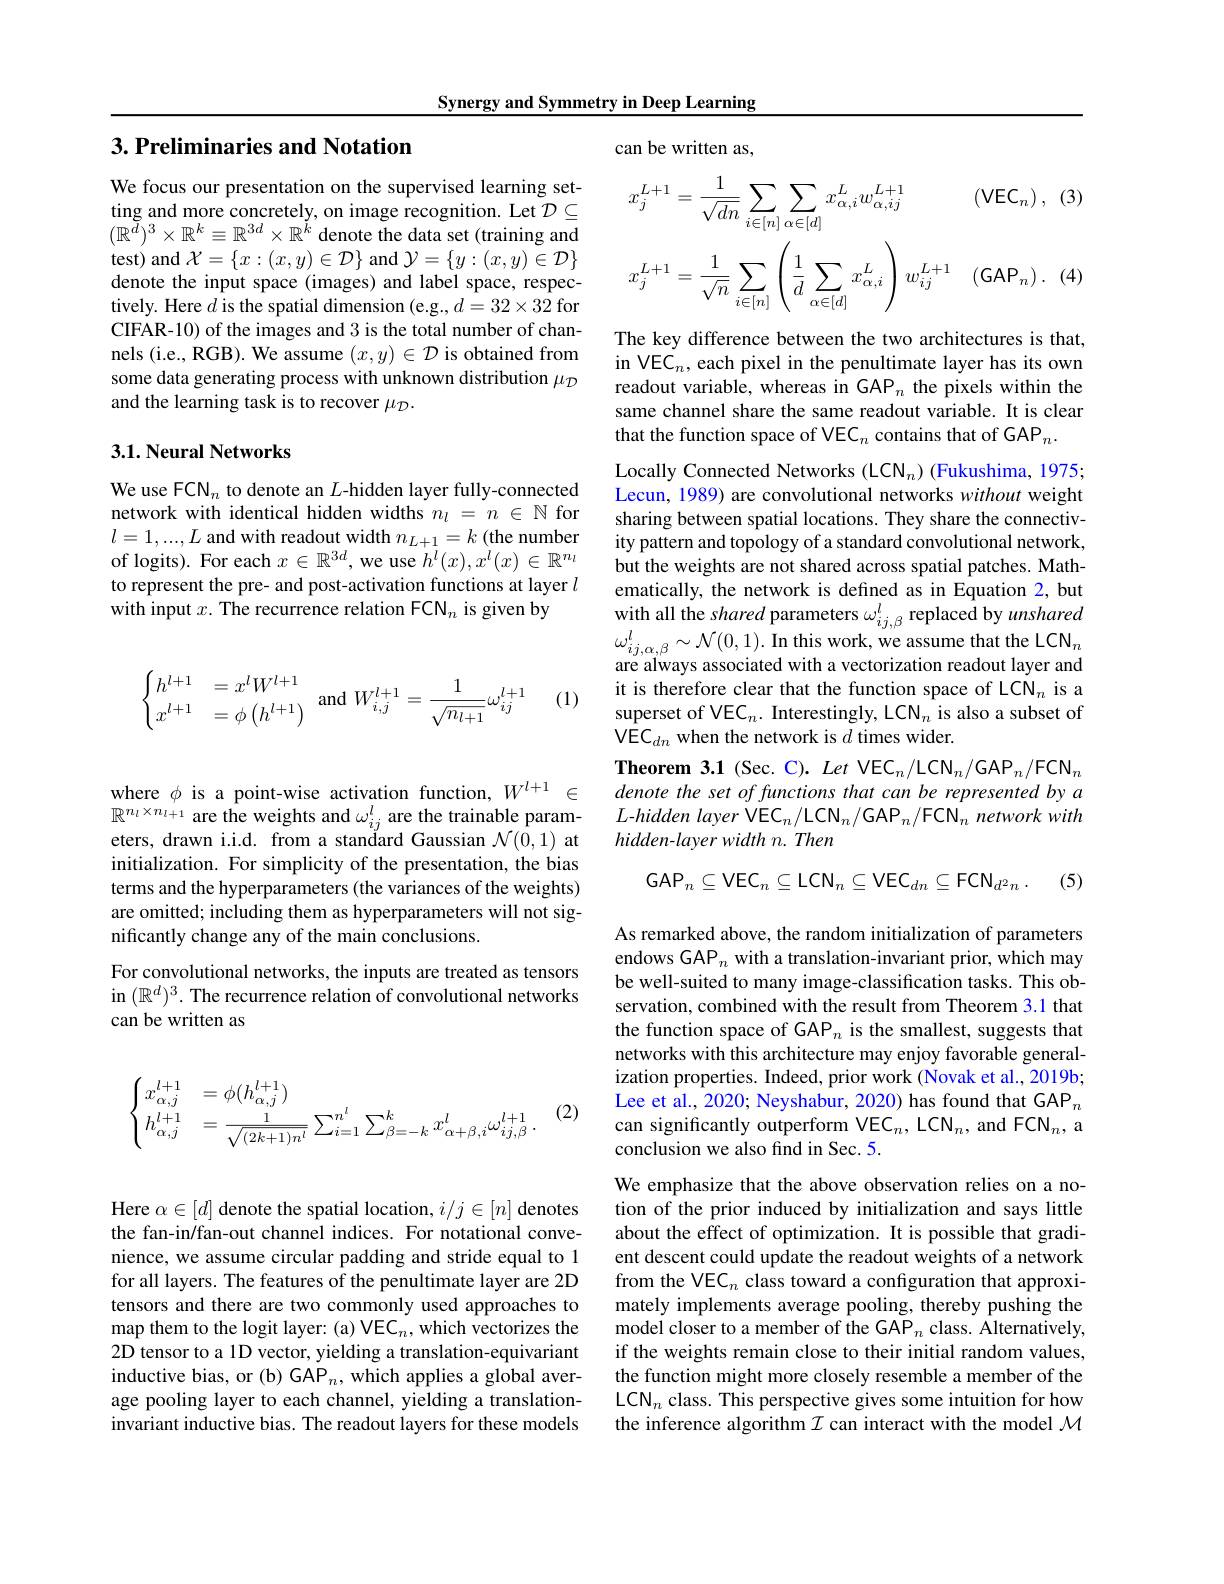
Synergy and Symmetry in Deep Learning

can be written as,

## $3. \textbf{ Preliminaries and Notation}$

We focus our presentation on the supervised learning setting and more concretely, on image recognition. Let $\mathcal{D}\subseteq$ $(\mathbb{R}^{\tilde{d}})^{3}\times\mathbb{R}^{k}\equiv\mathbb{R}^{3d}\times\mathbb{R}^{\tilde{k}}$denote the data set (training and test) and $\mathcal{X}=\{x:(x,y)\in\mathcal{D}\}$ and $\mathcal{Y}=\{y:(x,y)\in\mathcal{D}\}$ denote the input space (images) and label space, respectively. Here $d$ is the spatial dimension (e.g., $d=32\times32$ for CIFAR-10) of the images and 3 is the total number of channels (i.e., RGB). We assume $(x,y)\in\mathcal{D}$ is obtained from some data generating process with unknown distribution $\mu_{\mathcal{D}}$ and the learning task is to recover $\mu_{\mathcal{D}}.$

## $3. 1. \textbf{Neural Networks}$

We use FCN$_n$ to denote an $L$-hidden layer fully-connected network with identical hidden widths $n_l=n\in\mathbb{N}$ for $l=1,...,L$ and with readout width $n_L+1=k$ (the number of logits). For each $x\in\mathbb{R}^3d$, we use $h^l(x),x^l(x)\in\mathbb{R}^n_l$ to represent the pre- and post-activation functions at layer $l$ with input $x.$ The recurrence relation FCN$_n$ is given by
$$\begin{cases}h^{l+1}&=x^lW^{l+1}\\x^{l+1}&=\phi\left(h^{l+1}\right)\end{cases}\text{and}W_{i,j}^{l+1}=\frac{1}{\sqrt{n_{l+1}}}\omega_{ij}^{l+1}$$
(1)

where $\phi$ is a point-wise activation function, $W^l+1\in$ $\mathbb{R}^{n_{l}\times n_{l+1}}$ are the weights and $\omega_ij^l$ are the trainable parameters, drawn i.i.d. from a standard Gaussian $\mathcal{N}(0,1)$ at initialization. For simplicity of the presentation, the bias terms and the hyperparameters (the variances of the weights) are omitted; including them as hyperparameters will not significantly change any of the main conclusions.
For convolutional networks, the inputs are treated as tensors in $(\mathbb{R}^d)^3.$ The recurrence relation of convolutional networks can be written as
$$\begin{cases}x_{\alpha,j}^{l+1}&=\phi(h_{\alpha,j}^{l+1})\\h_{\alpha,j}^{l+1}&=\frac{1}{\sqrt{(2k+1)n^l}}\sum_{i=1}^{n^l}\sum_{\beta=-k}^{k}x_{\alpha+\beta,i}^{l}\omega_{ij,\beta}^{l+1}\:.\end{cases}$$
(2)
$$x_{j}^{L+1}=\frac{1}{\sqrt{dn}}\sum_{i\in[n]}\sum_{\alpha\in[d]}x_{\alpha,i}^{L}w_{\alpha,ij}^{L+1}(\mathsf{VEC}_{n})\:,\:(3)\\x_{j}^{L+1}=\frac{1}{\sqrt{n}}\sum_{i\in[n]}\left(\frac{1}{d}\sum_{\alpha\in[d]}x_{\alpha,i}^{L}\right)w_{ij}^{L+1}\quad(\mathsf{GAP}_{n})\:.\:(4)$$
The key difference between the two architectures is that, in VEC$_n$, each pixel in the penultimate layer has its own readout variable, whereas in GAP$_n$ the pixels within the same channel share the same readout variable. It is clear that the function space of VEC$_n$ contains that of GAP$_n.$

Locally Connected Networks (LCN_n) (Fukushima, 1975; Lecun, 1989) are convolutional networks without weight sharing between spatial locations. They share the connectivity pattern and topology of a standard convolutional network, but the weights are not shared across spatial patches. Mathematically, the network is defined as in Equation 2, but with all the shared parameters $\omega_ij,\beta^l$ replaced by unshared $\begin{array}{l}\omega_{ij,\alpha,\beta}^{l}\sim\mathcal{N}(0,1).\text{In this work,we assume that the LCN}_{n}\\\text{are always associated with a vectorization readout layer and}\end{array}$ it is therefore clear that the function space of LCN$_n$ is a superset of VEC$_n.$ Interestingly, LCN$_n$ is also a subset of VEC$_dn$ when the network is $d$ times wider.
Theorem 3.1 (Sec. C). Let VEC$_n/\mathrm{LCN}_n/\mathrm{GAP}_n/\mathrm{FCN}_n$ denote the set of functions that can be represented by a $L$-hidden layer VEC$_n/$LCN$_n/$GAP$_n/$FCN$_n$ network with hidden-layer width n. Then
$$\mathrm{GAP}_{n}\subseteq\mathrm{VEC}_{n}\subseteq\mathrm{LCN}_{n}\subseteq\mathrm{VEC}_{dn}\subseteq\mathrm{FCN}_{d^{2}n}\:.$$
(5)

As remarked above, the random initialization of parameters endows GAP_n with a translation-invariant prior, which may be well-suited to many image-classification tasks. This observation, combined with the result from Theorem 3.1 that the function space of GAP $_n$ is the smallest, suggests that networks with this architecture may enjoy favorable generalization properties. Indeed, prior work (Novak et al., 2019b; Lee et al., 2020; Neyshabur, 2020) has found that GAP$_{n}$ can significantly outperform VEC_n, LCN_n, and FCN_n, a conclusion we also find in Sec. 5.

We emphasize that the above observation relies on a notion of the prior induced by initialization and says little about the effect of optimization. It is possible that gradient descent could update the readout weights of a network from the VEC$_n$ class toward a configuration that approximately implements average pooling, thereby pushing the $\hat{\text{model closer to a member of the GAP}}_{n}$ class. Alternatively, if the weights remain close to their initial random values, the function might more closely resemble a member of the LCN$_n$ class. This perspective gives some intuition for how the inference algorithm $I$ can interact with the model $\mathcal{M}$

Here $\alpha\in[d]$ denote the spatial location, $i/j\in[n]$ denotes the fan-in/fan-out channel indices. For notational convenience, we assume circular padding and stride equal to 1 for all layers. The features of the penultimate layer are 2D tensors and there are two commonly used approaches to map them to the logit layer: (a) VEC$_n$,which vectorizes the 2D tensor to a 1D vector, yielding a translation-equivariant inductive bias, or (b) GAP$_n$, which applies a global average pooling layer to each channel, yielding a translationinvariant inductive bias. The readout layers for these models